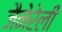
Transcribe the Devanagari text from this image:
जैनेरेली